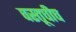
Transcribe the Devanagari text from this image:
वस्तूचीच